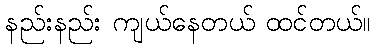
နည်းနည်း ကျယ်နေတယ် ထင်တယ်။